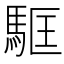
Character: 𩢼